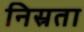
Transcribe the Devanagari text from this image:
निस्रता